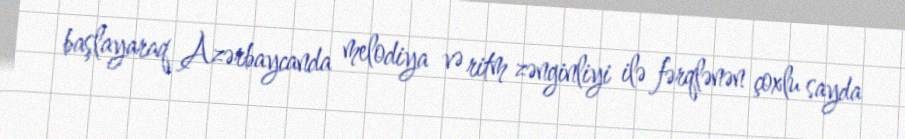
başlayaraq Azərbaycanda melodiya və ritm zənginliyi ilə fərqlənən çoxlu sayda